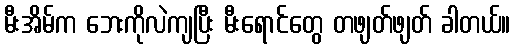
မီးအိမ်က ဘေးကိုလဲကျပြီး မီးရောင်တွေ တဖျတ်ဖျတ် ခါတယ်။